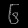
Digit: ၆